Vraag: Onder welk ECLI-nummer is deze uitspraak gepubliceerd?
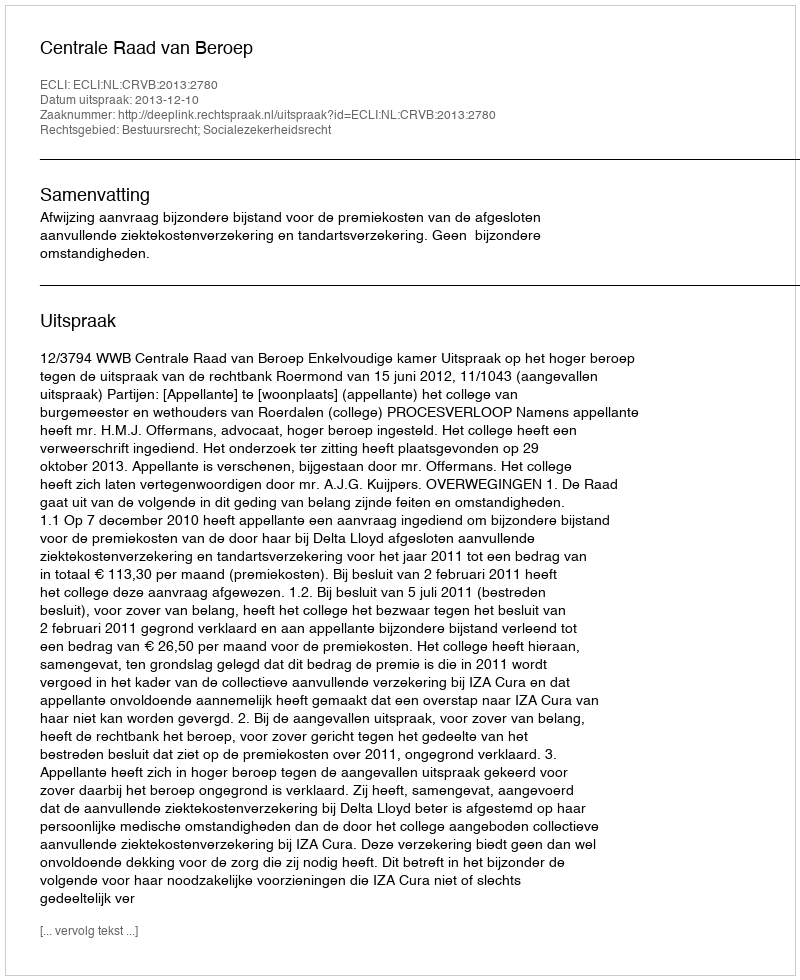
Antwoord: ECLI:NL:CRVB:2013:2780